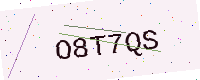
Text: O8T7QS